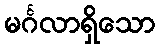
မင်္ဂလာရှိသော